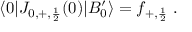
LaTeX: \langle 0 | J _ { 0 , + , { \frac { 1 } { 2 } } } ( 0 ) | B _ { 0 } ^ { \prime } \rangle = f _ { + , { \frac { 1 } { 2 } } } \; .